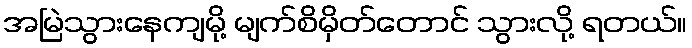
အမြဲသွားနေကျမို့ မျက်စိမှိတ်တောင် သွားလို့ ရတယ်။